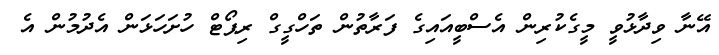
އޭނާ ވިދާޅުވީ މީގެކުރިން އެސްބީއައިގެ ފަރާތުން ތަހްގީގް ރިޕޯޓް ހުށަހަޅަން އެދުމުން އެ